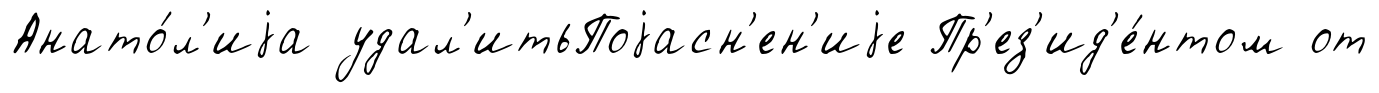
Анато́л'иjа удал'итьПоjасн'ен'иjе Пр'ез'ид'е́нтом от